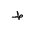
Letter: _da